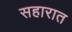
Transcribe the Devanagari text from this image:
सहारात